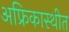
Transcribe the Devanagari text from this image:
अफ्रिकास्थीत